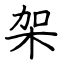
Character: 架